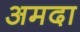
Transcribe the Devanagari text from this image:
अमदा